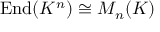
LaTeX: \operatorname { E n d } ( K ^ { n } ) \cong M _ { n } ( K )